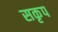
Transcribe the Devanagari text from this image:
सकृप